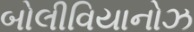
બોલીવિયાનોઝ